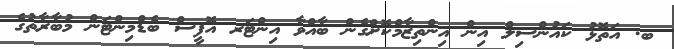
ބ. އަތޮޅު ކައުންސިލް އިން އިންތިޒާމްކޮށްގެން ބާއްވާ އިންޓަރ އޮފީސް ބެޑްމިންޓަން މުބާރާތުގެ